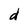
Character: d